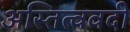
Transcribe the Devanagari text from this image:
अस्तित्ववदी